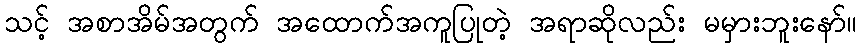
သင့် အစာအိမ်အတွက် အထောက်အကူပြုတဲ့ အရာဆိုလည်း မမှားဘူးနော်။